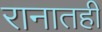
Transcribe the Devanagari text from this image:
रानातही